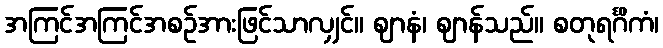
အကြင်အကြင်အစဉ်အားဖြင်သာလျှင်။ ဈာနံ၊ ဈာန်သည်။ စတုရင်္ဂိကံ၊